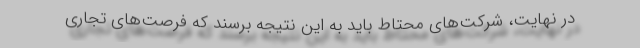
در نهایت، شرکت‌های محتاط باید به این نتیجه برسند که فرصت‌های تجاری